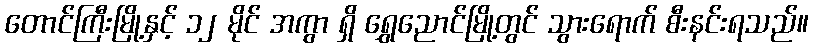
တောင်ကြီးမြို့နှင့် ၁၂ မိုင် အကွာ ရှိ ရွှေညောင်မြို့တွင် သွားရောက် စီးနင်းရသည်။